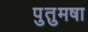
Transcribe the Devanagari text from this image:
पुतुमषा